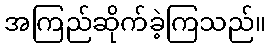
အကြည်ဆိုက်ခဲ့ကြသည်။